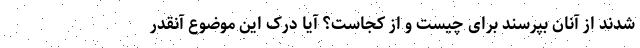
شدند از آنان بپرسند برای چیست و از کجاست؟ آیا درک این موضوع آنقدر